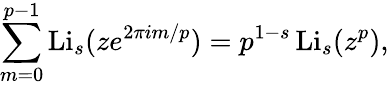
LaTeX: \sum_{m=0}^{p-1}\operatorname{Li}_{s}(ze^{2\pi im/p})=p^{1-s}\operatorname{Li}_{s}(z^{p}),